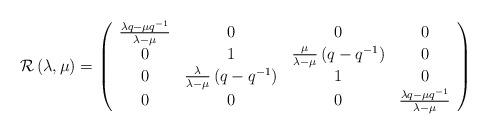
LaTeX: \begin{align*}{\cal R}\left( \lambda ,\mu \right) =\left(\begin{array}{cccc}\frac{\lambda q-\mu q^{-1}}{\lambda -\mu } & 0 & 0 & 0 \\0 & 1 & \frac \mu {\lambda -\mu }\left( q-q^{-1}\right) & 0 \\0 & \frac \lambda {\lambda -\mu }\left( q-q^{-1}\right) & 1 & 0 \\0 & 0 & 0 & \frac{\lambda q-\mu q^{-1}}{\lambda -\mu }\end{array}\right)\end{align*}